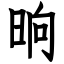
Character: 晌